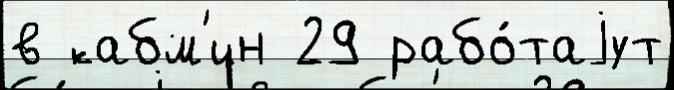
в кабм'ин 29 рабо́таjут